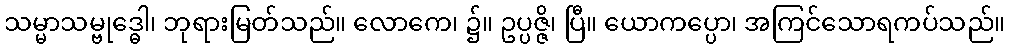
သမ္မာသမ္ဗုဒ္ဓေါ၊ ဘုရားမြတ်သည်။ လောကေ၊ ၌။ ဥပ္ပဇ္ဇိ၊ ပြီ။ ယောကပ္ပော၊ အကြင်သောရကပ်သည်။